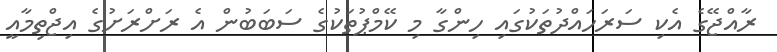
ރާއްޖޭގެ އެކި ސަރަހައްދުތަކުގައި ހިންގާ މި ކޭމްޕުތަކުގެ ސަބަބުން އެ ރަށްރަށުގެ އިޖްތިމާއީ